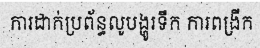
ការដាក់ប្រព័ន្ធលូបង្ហូរទឹក ការពង្រីក